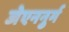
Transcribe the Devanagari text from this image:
जेएननुर्म